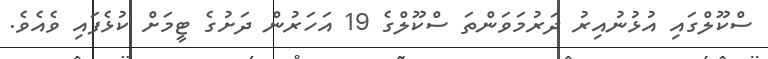
ސްކޫލްގައި އުޅުނުއިރު ދަރުމަވަންތަ ސްކޫލްގެ 19 އަހަރުން ދަށުގެ ޓީމަށް ކުޅެފައި ވެއެވެ.